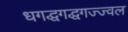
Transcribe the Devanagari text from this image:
धगद्धगद्धगज्ज्वल